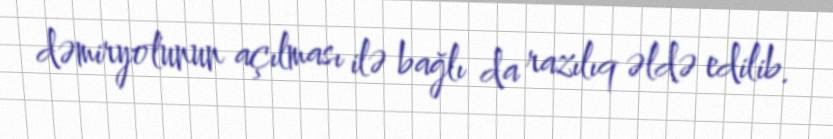
dəmiryolunun açılması ilə bağlı da razılıq əldə edilib.